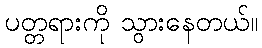
ပတ္တရားကို သွားနေတယ်။